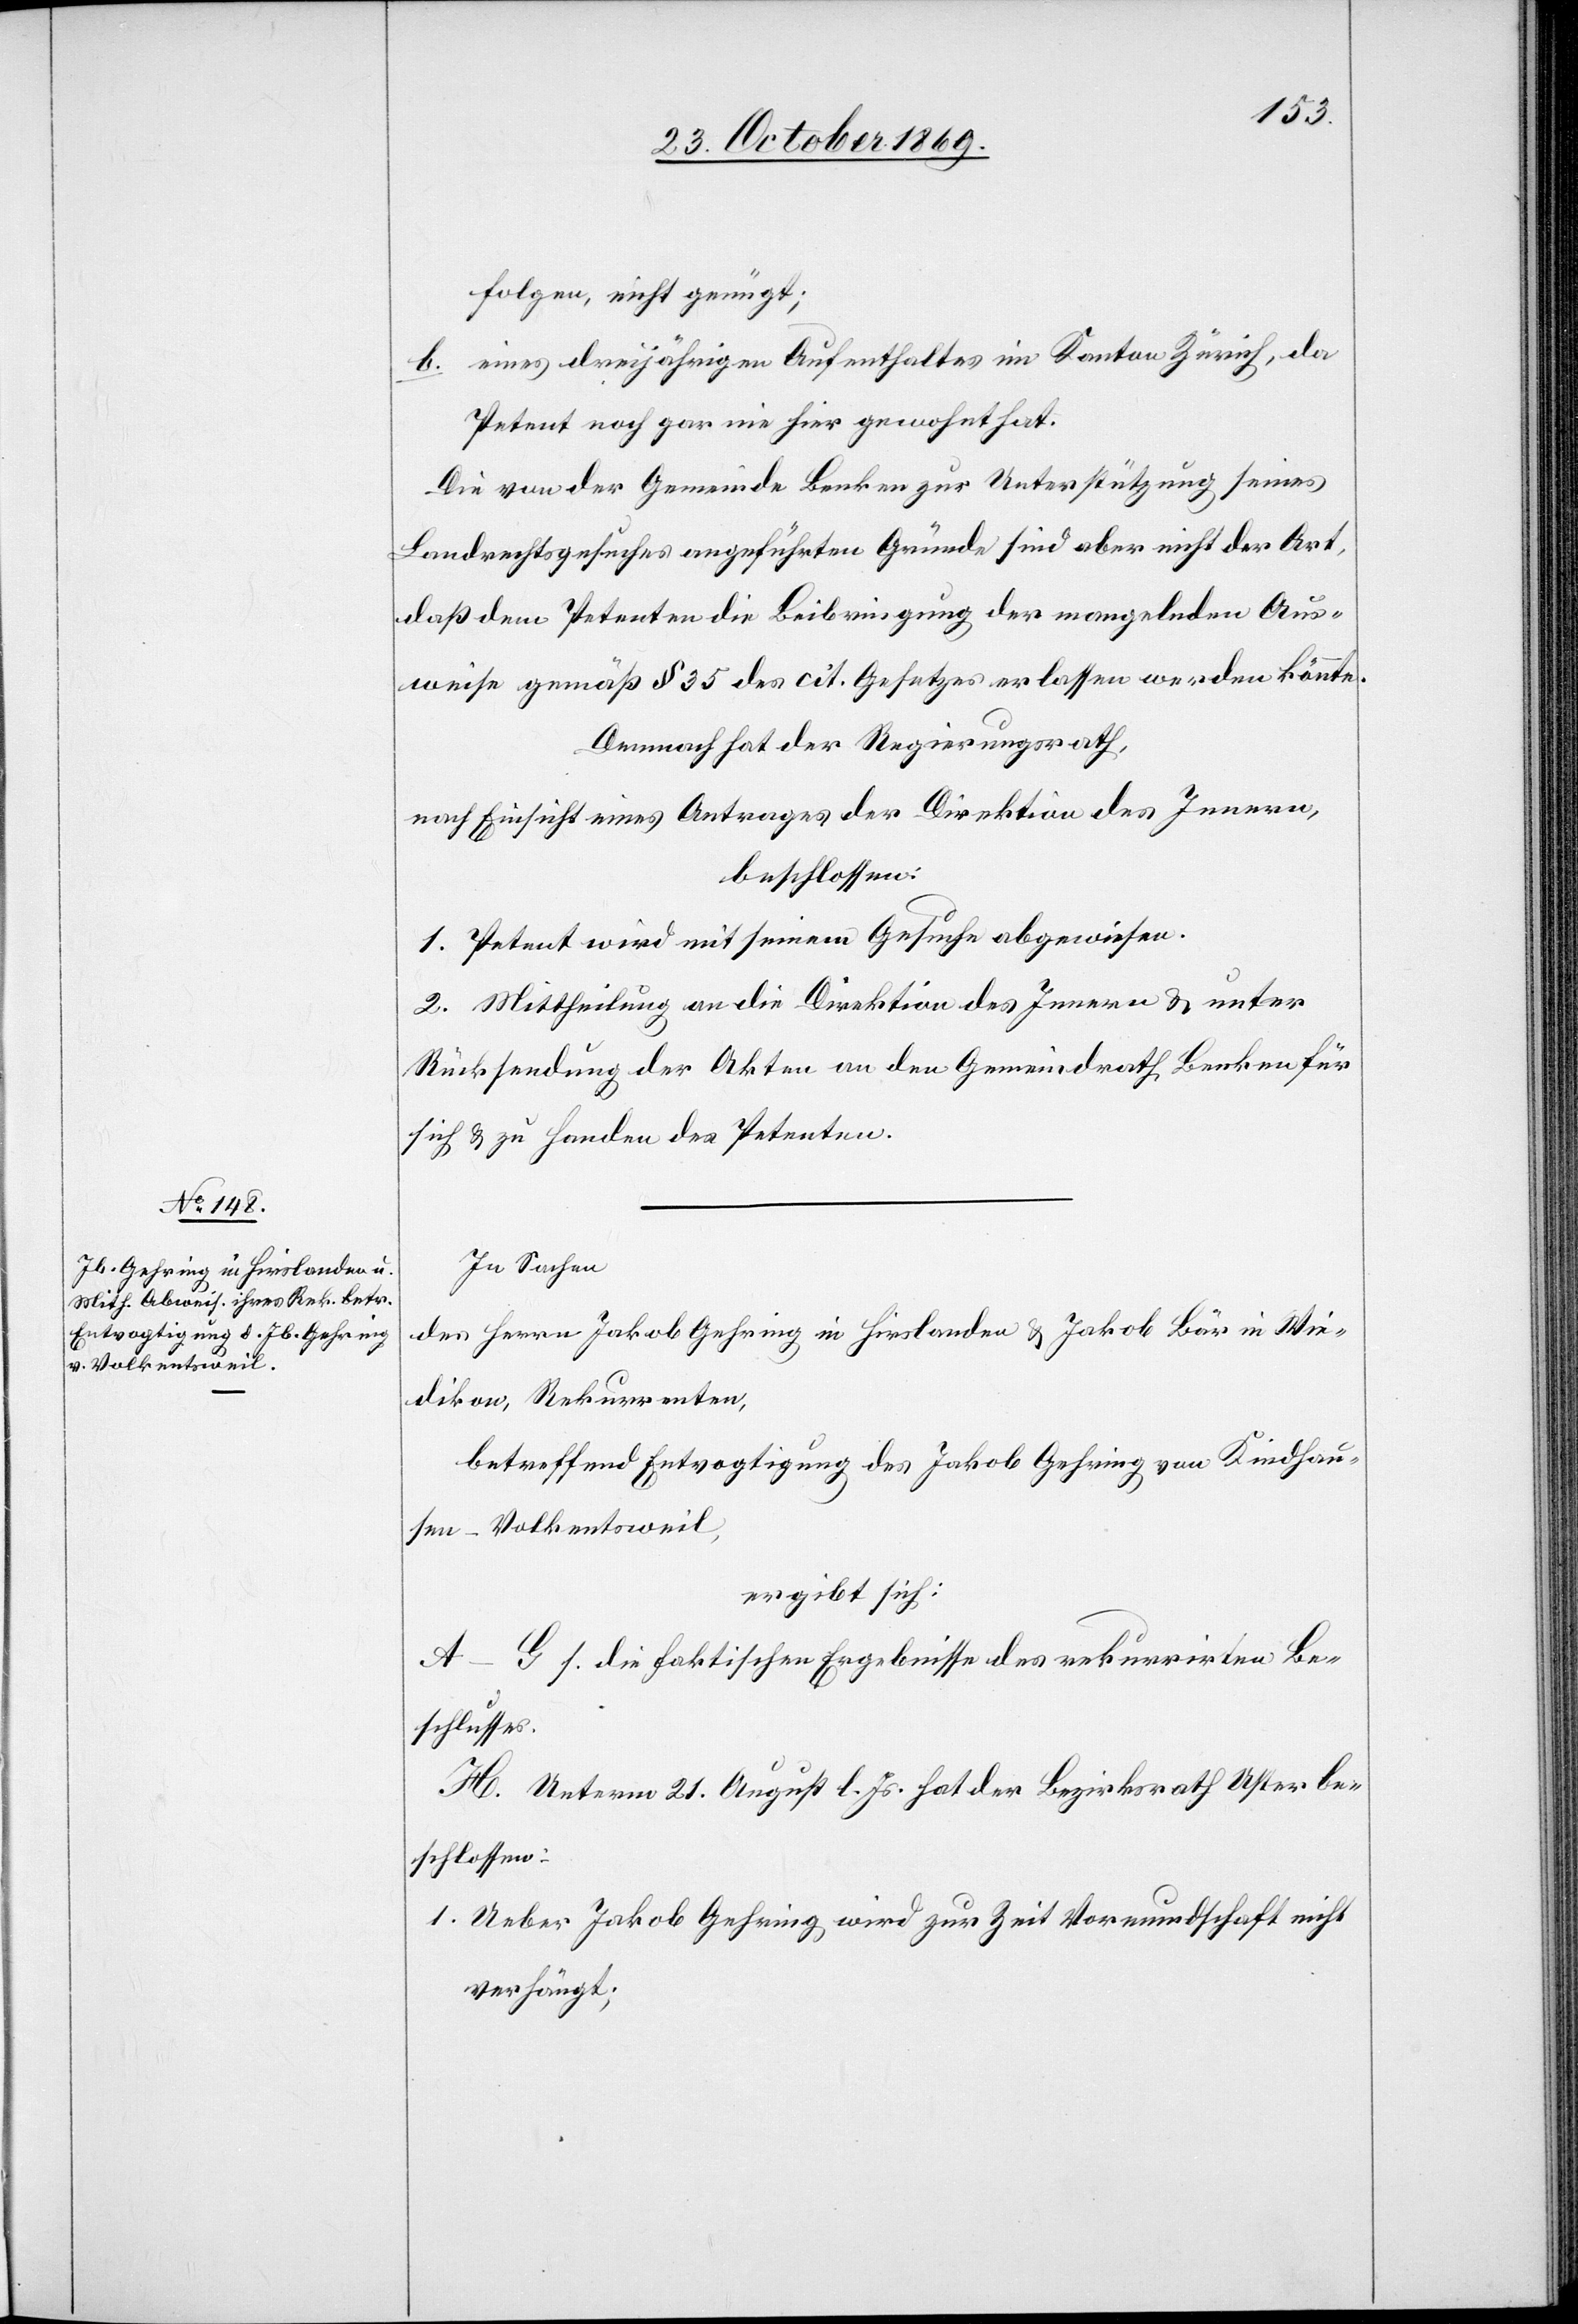
folgen, nicht genügt;
eines dreijährigen Aufenthaltes im Kanton Zürich, da
Petent noch gar nie hier gewohnt hat.
Die von der Gemeinde Benken zur Unterstützung seines
Landrechtsgesuches angeführten Gründe sind aber nicht der Art,
daß dem Petenten die Beibringung der mangelnden Aus¬
weise gemäß § 35 des cit. Gesetzes erlassen werden könnte.
Demnach hat der Regierungsrath,
nach Einsicht eines Antrages der Direktion des Innern,
beschlossen:
1. Petent wird mit seinem Gesuche abgewiesen.
2. Mittheilung an die Direktion des Innern & unter
Rücksendung der Akten an den Gemeindrath Benken für
sich & zu Handen des Petenten.
In Sachen
des Herrn Jakob Gehring in Hirslanden & Jakob Bär in Wie¬
dikon, Rekurrenten,
betreffend Entvogtigung des Jakob Gehring von Kindhau¬
sen - Volkentsweil,
ergibt sich:
A–G s. die faktischen Ergebnisse des rekurrirten Be¬
schlusses.
H. Unterm 21. August l. Js. hat der Bezirksrath Uster be¬
schlossen:
1. Ueber Jakob Gehring wird zur Zeit Vormundschaft nicht
verhängt;